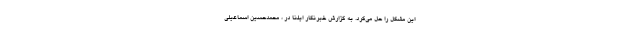
این مشکل را حل می‌کرد. به گزارش خبرنگار ایلنا در ، محمدحسین اسماعیلی